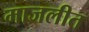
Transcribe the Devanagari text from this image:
माजलीत